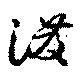
溌